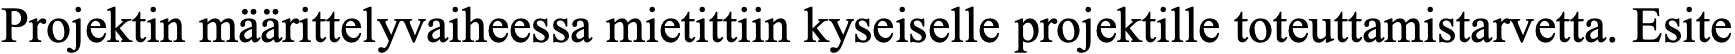
Projektin määrittelyvaiheessa mietittiin kyseiselle projektille toteuttamistarvetta. Esite